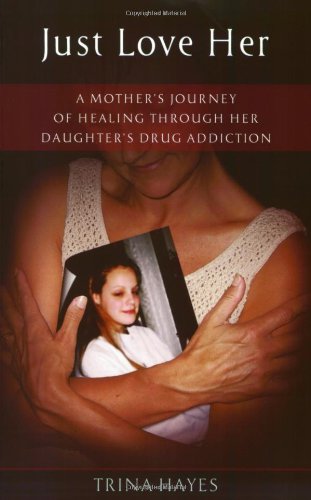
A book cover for Just Love Her: A Mother's Journey of Healing Through Her Daughter's Drug Addiction; Trina Hayes; Health, Fitness & Dieting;